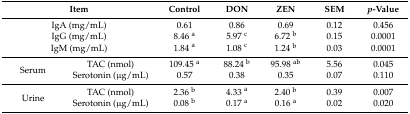
<table><thead><tr><td colspan="2"><b>Item</b></td><td><b>Control</b></td><td><b>DON</b></td><td><b>ZEN</b></td><td><b>SEM</b></td><td><b><i>p</i>-Value</b></td></tr></thead><tbody><tr><td colspan="2">IgA (mg/mL)</td><td>0.61</td><td>0.86</td><td>0.69</td><td>0.12</td><td>0.456</td></tr><tr><td colspan="2">IgG (mg/mL)</td><td>8.46 <sup>a</sup></td><td>5.97 <sup>c</sup></td><td>6.72 <sup>b</sup></td><td>0.15</td><td>0.0001</td></tr><tr><td colspan="2">IgM (mg/mL)</td><td>1.84 <sup>a</sup></td><td>1.08 <sup>c</sup></td><td>1.24 <sup>b</sup></td><td>0.03</td><td>0.0001</td></tr><tr><td rowspan="2">Serum</td><td>TAC (nmol)</td><td>109.45 <sup>a</sup></td><td>88.24 <sup>b</sup></td><td>95.98 <sup>ab</sup></td><td>5.56</td><td>0.045</td></tr><tr><td>Serotonin (μg/mL)</td><td>0.57</td><td>0.38</td><td>0.35</td><td>0.07</td><td>0.110</td></tr><tr><td rowspan="2">Urine</td><td>TAC (nmol)</td><td>2.36 <sup>b</sup></td><td>4.33 <sup>a</sup></td><td>2.40 <sup>b</sup></td><td>0.39</td><td>0.007</td></tr><tr><td>Serotonin (μg/mL)</td><td>0.08 <sup>b</sup></td><td>0.17 <sup>a</sup></td><td>0.16 <sup>a</sup></td><td>0.02</td><td>0.020</td></tr></tbody></table>